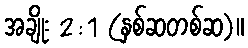
အချိုး 2:1 (နှစ်ဆတစ်ဆ)။